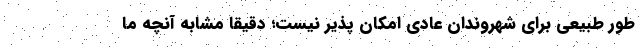
طور طبیعی برای شهروندان عادی امکان پذیر نیست؛ دقیقا مشابه آنچه ما